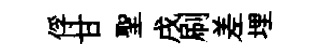
俘甘聖戌刷差埋